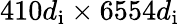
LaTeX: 410d_{\mathrm{i}}\times 6554d_{\mathrm{i}}